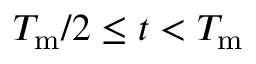
T _ { \mathrm { m } } / 2 \protect \leq t < T _ { \mathrm { m } }